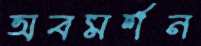
অবমর্শন